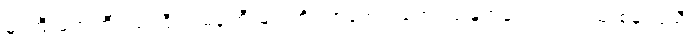
မှူးကြီးမတ်ကြီး သံကြီးတမန်ကြီးများကို လာရောက်တွေ့ကြုံ နှုတ်ဆက်သည် ထုံးစံနှင့်မညီ၊